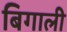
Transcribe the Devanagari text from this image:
बिगाली